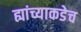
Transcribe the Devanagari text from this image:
ह्यांच्याकडेच